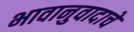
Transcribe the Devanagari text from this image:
भावानुवादाचे